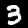
Digit: 3